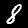
Digit: 8